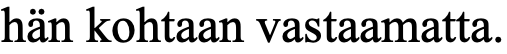
hän kohtaan vastaamatta.